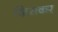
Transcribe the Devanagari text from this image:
खिसकर